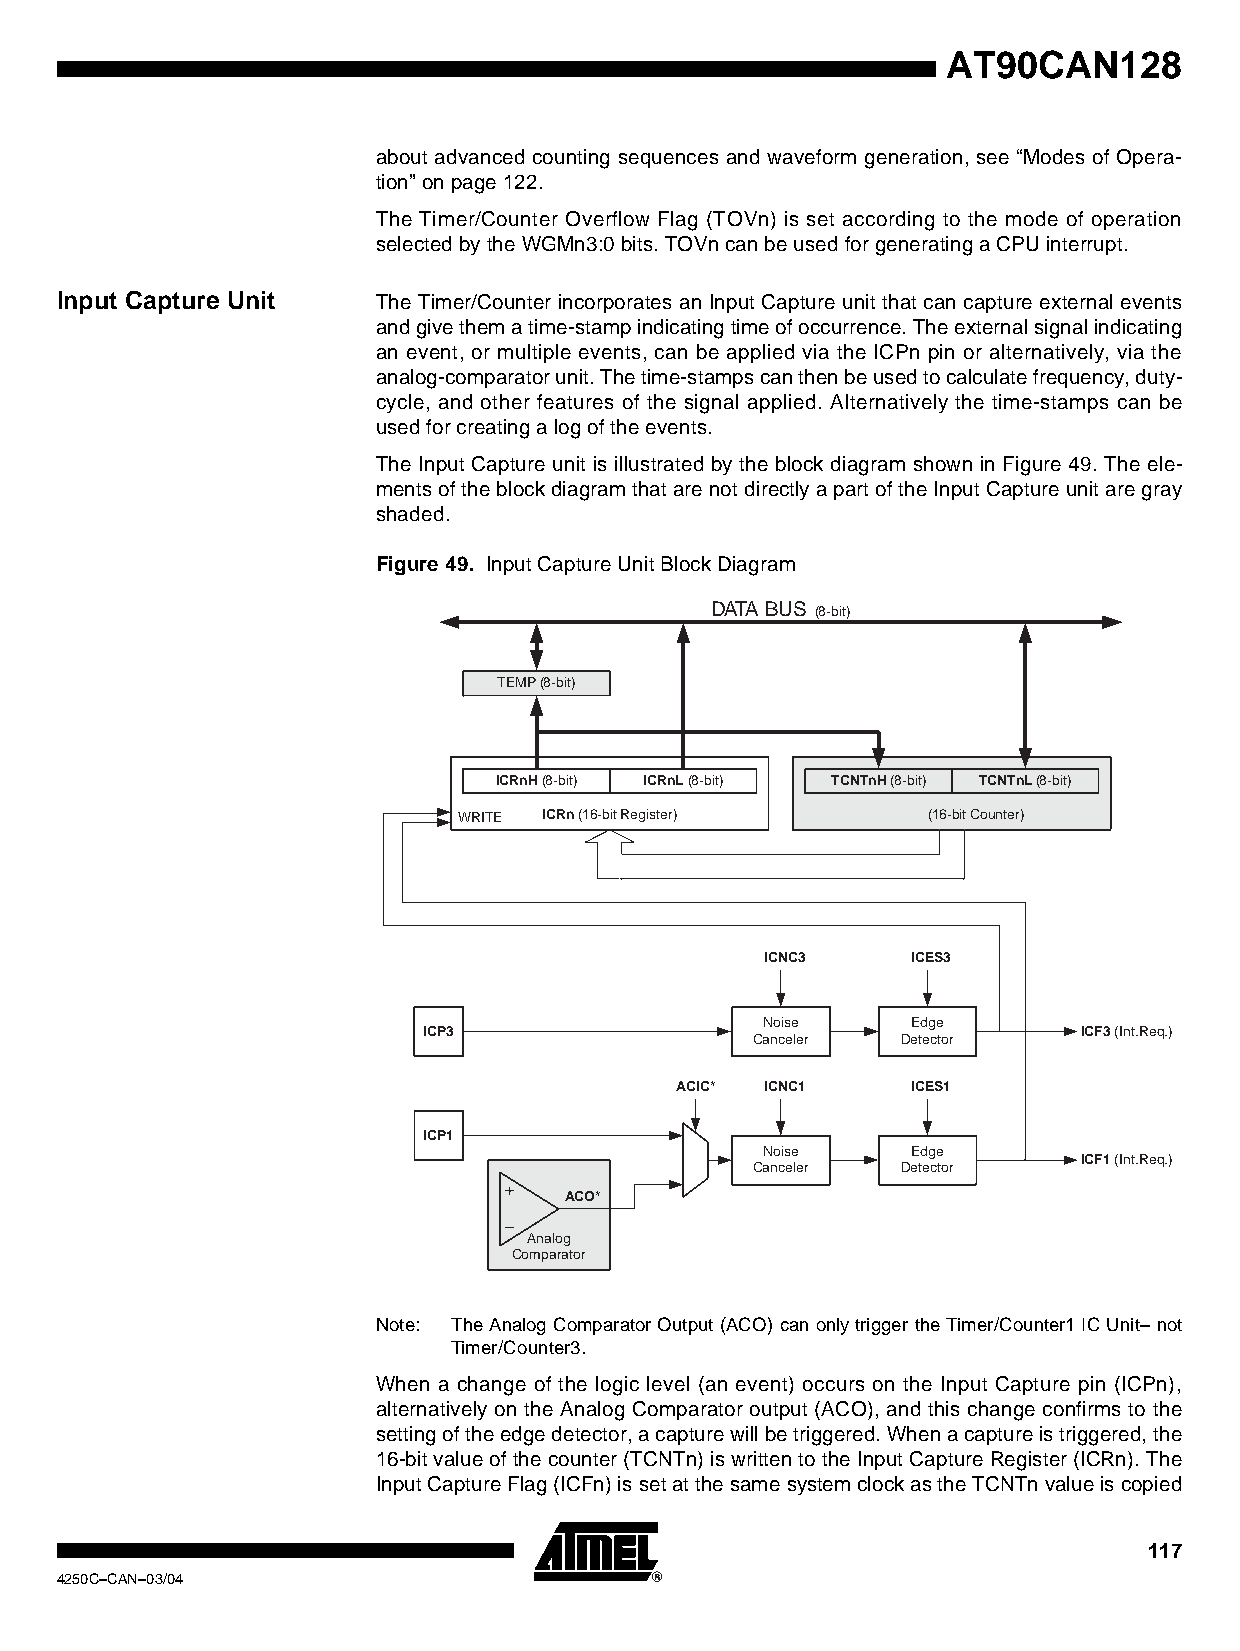
AT90CAN128
 about advanced counting sequences and waveform generation, see “Modes of Opera-
 tion” on page 122.
 The Timer/Counter Overflow Flag (TOVn) is set according to the mode of operation
 selected by the WGMn3:0 bits. TOVn can be used for generating a CPU interrupt.
 Input Capture Unit   The Timer/Counter incorporates an Input Capture unit that can capture external events
 and give them a time-stamp indicating time of occurrence. The external signal indicating
 an event, or multiple events, can be applied via the ICPn pin or alternatively, via the
 analog-comparator unit. The time-stamps can then be used to calculate frequency, duty-
 cycle, and other features of the signal applied. Alternatively the time-stamps can be
 used for creating a log of the events.
 The Input Capture unit is illustrated by the block diagram shown in Figure 49. The ele-
 ments of the block diagram that are not directly a part of the Input Capture unit are gray
 shaded.
 Figure 49. Input Capture Unit Block Diagram
 DATA BUS (8-bit)
 TEMP (8-bit)
 ICRnH (8-bit) ICRnL (8-bit) TCNTnH (8-bit) TCNTnL (8-bit)
 WRITE ICRn (16-bit Register) TCNTn (16-bit Counter)
 ICNC3    ICES3
 Noise    Edge
 ICP3                                        ICF3 (Int.Req.)
 Canceler  Detector
 ACIC* ICNC1    ICES1
 ICP1
 Noise    Edge
 ICF1 (Int.Req.)
 Canceler  Detector
 ACO*
 Analog
 Comparator
 Note: The Analog Comparator Output (ACO) can only trigger the Timer/Counter1 IC Unit– not
 Timer/Counter3.
 When a change of the logic level (an event) occurs on the Input Capture pin (ICPn),
 alternatively on the Analog Comparator output (ACO), and this change confirms to the
 setting of the edge detector, a capture will be triggered. When a capture is triggered, the
 16-bit value of the counter (TCNTn) is written to the Input Capture Register (ICRn). The
 Input Capture Flag (ICFn) is set at the same system clock as the TCNTn value is copied
 117
 4250C–CAN–03/04